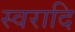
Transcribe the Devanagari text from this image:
स्वरादि